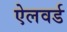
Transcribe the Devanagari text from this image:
ऐलवर्ड